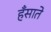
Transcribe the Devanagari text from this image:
हँसाते